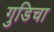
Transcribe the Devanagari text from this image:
गुडिचा